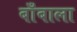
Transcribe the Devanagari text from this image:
बाँबाला